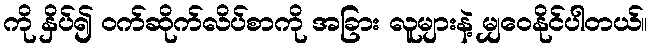
ကို နှိပ်၍ ဝက်ဆိုက်လိပ်စာကို အခြား လူများနဲ့ မျှဝေနိုင်ပါတယ်။